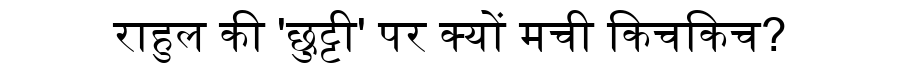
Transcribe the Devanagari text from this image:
राहुल की 'छुट्टी' पर क्यों मची किचकिच?